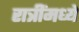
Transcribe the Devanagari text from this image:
रात्रींमध्ये